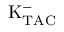
\mathrm { K _ { T A C } ^ { - } }